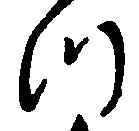
つ